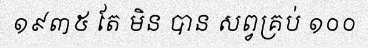
១៩៣៥ តែ មិន បាន សព្វគ្រប់ ១០០